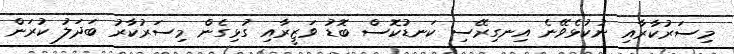
މިސަރުކާރާއި ނުކުޅެވޭނެ އިނގިރޭސި ކަނޑުކޮސް ބޮޑު ވަޒީރާއި ގުޅިގެން މިސަރުކާރު ބަދަލު ކުރަން